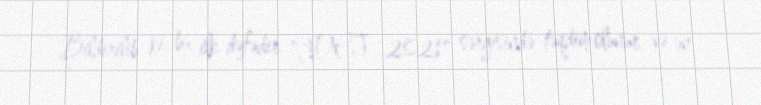
Bildirilib ki, bu, ilk dəfədir "IDEF 2021" sərgisində təqdim olunur və ən